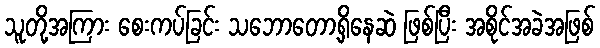
သူတို့အကြား စေးကပ်ခြင်း သဘောတော့ရှိနေဆဲ ဖြစ်ပြီး အစိုင်အခဲအဖြစ်